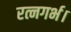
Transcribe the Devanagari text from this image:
रत्नगर्भ।